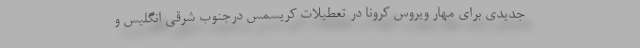
جدیدی برای مهار ویروس کرونا در تعطیلات کریسمس درجنوب شرقی انگلیس و